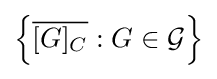
\left\{{\overline {[G]_{C}}}:G\in {\mathcal {G}}\right\}